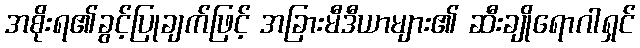
အစိုးရ၏ခွင့်ပြုချက်ဖြင့် အခြားမီဒီယာများ၏ ဆီးချိုရောဂါရှင်